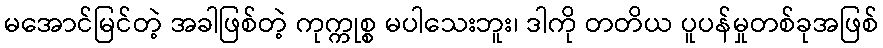
မအောင်မြင်တဲ့ အခါဖြစ်တဲ့ ကုက္ကုစ္စ မပါသေးဘူး၊ ဒါကို တတိယ ပူပန်မှုတစ်ခုအဖြစ်